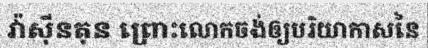
វ៉ាស៊ីនតុន ព្រោះលោកចង់ឲ្យបរិយាកាសនៃ